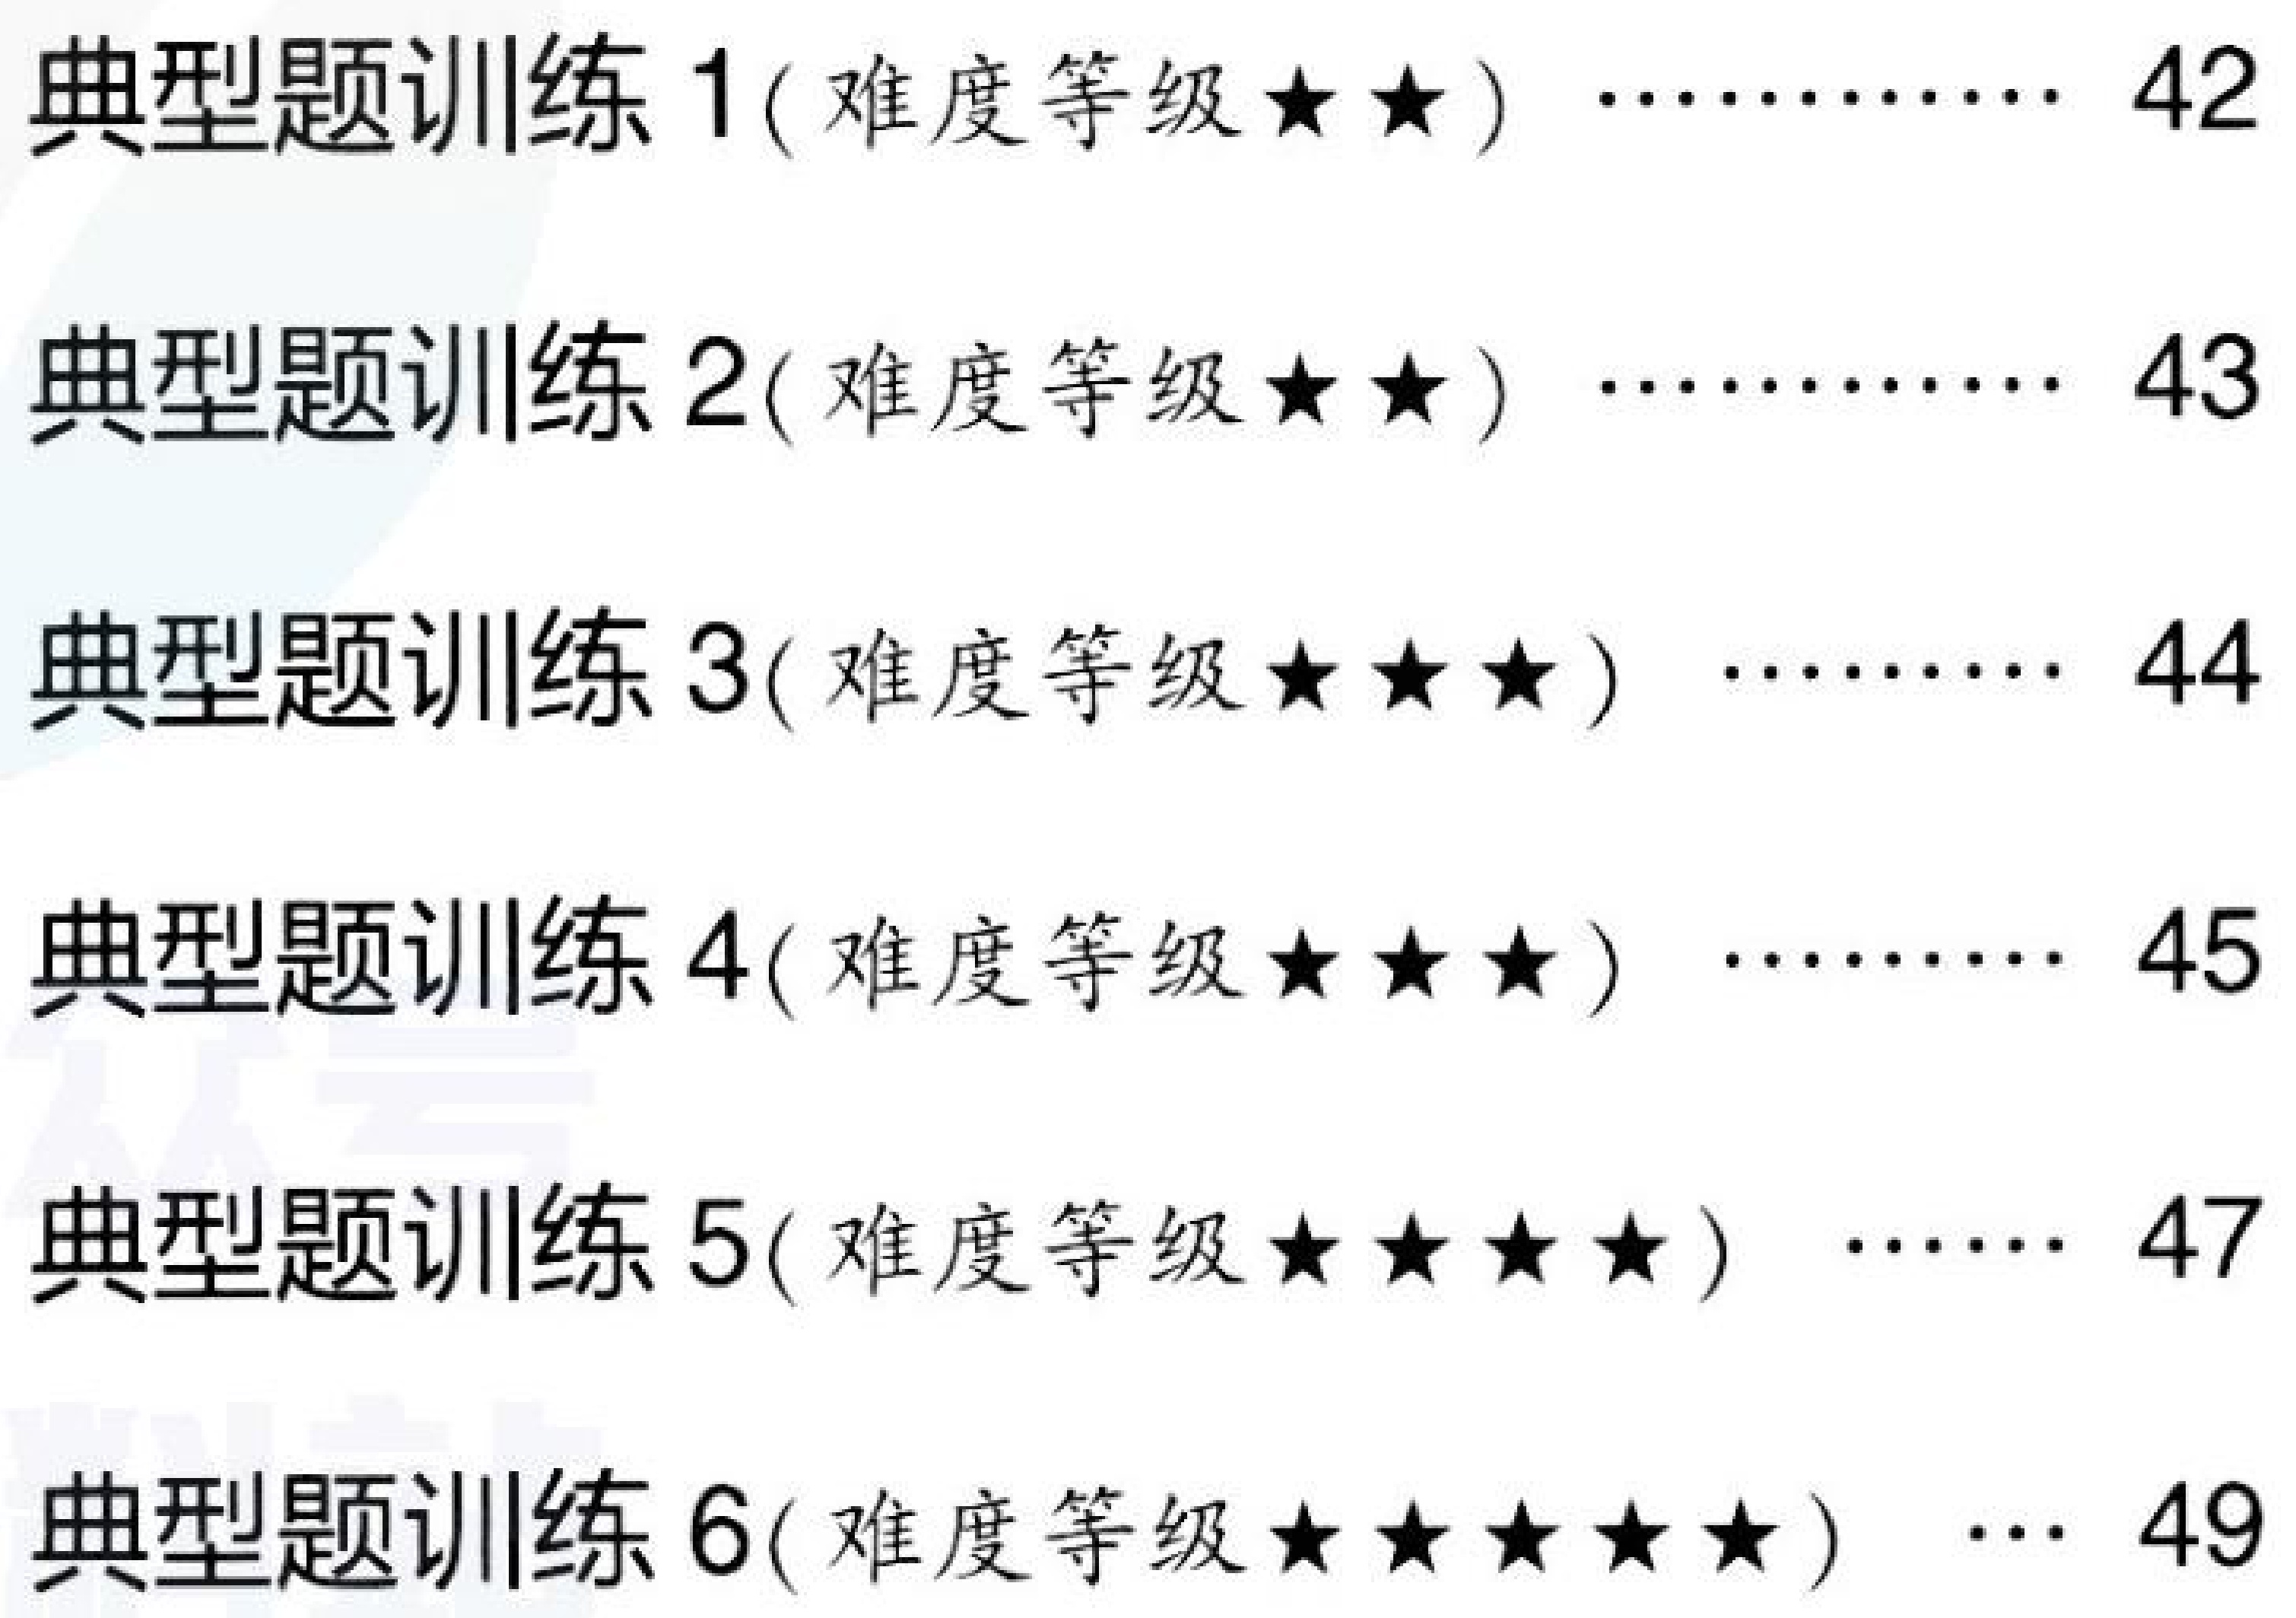
典型题训练 1(难度等级$\star\star$) ………… 42
典型题训练 2(难度等级$\star\star$) ………… 43
典型题训练 3(难度等级$\star\star\star$) ………… 44
典型题训练 4(难度等级$\star\star\star$) ………… 45
典型题训练 5(难度等级$\star\star\star\star$) …… 47
典型题训练 6(难度等级$\star\star\star\star\star$) … 49